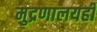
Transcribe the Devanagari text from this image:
मुद्रणालयही